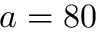
a = 8 0